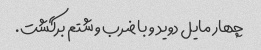
چهار مایل دوید و با ضرب و شتم برگشت.